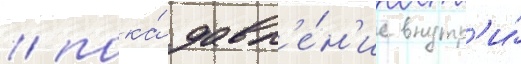
/ пока́ давл'е́н'ие внутр'и́